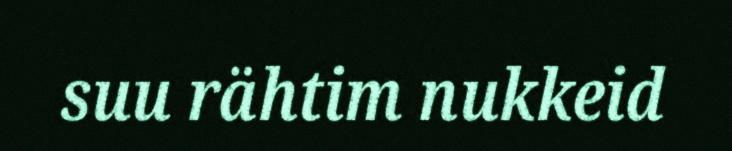
suu rähtim nukkeid